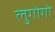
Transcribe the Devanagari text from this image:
लुगोगो